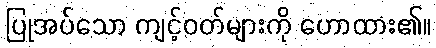
ပြုအပ်သော ကျင့်ဝတ်များကို ဟောထား၏။